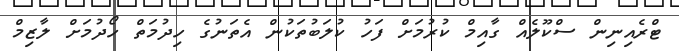
ޓްރެއިނިން ސްކޫލެއް ގާއިމް ކުރުމަށް ފަހު ކުލަބުތަކުން އެތަނުގެ ހިދުމަތް ހޯދުމަށް ލާޒިމް